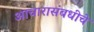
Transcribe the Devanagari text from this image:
आचारासंबधीचे